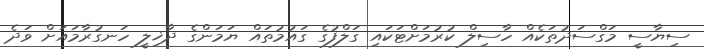
ސިޔާސީ މަގްސަދުތަކެއް ހާސިލް ކުރުމަށްޓަކައި ގަލްފުގެ ގައުމުތައް ޔަމަންގެ ދާޚިލީ ހަނގުރާމައަށް ވަދެ